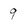
Character: 9